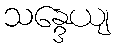
သန္ဒေယျ